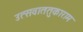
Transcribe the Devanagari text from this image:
उत्सवाततुकाराम